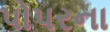
પોપરના